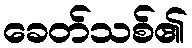
ခေတ်သစ်၏